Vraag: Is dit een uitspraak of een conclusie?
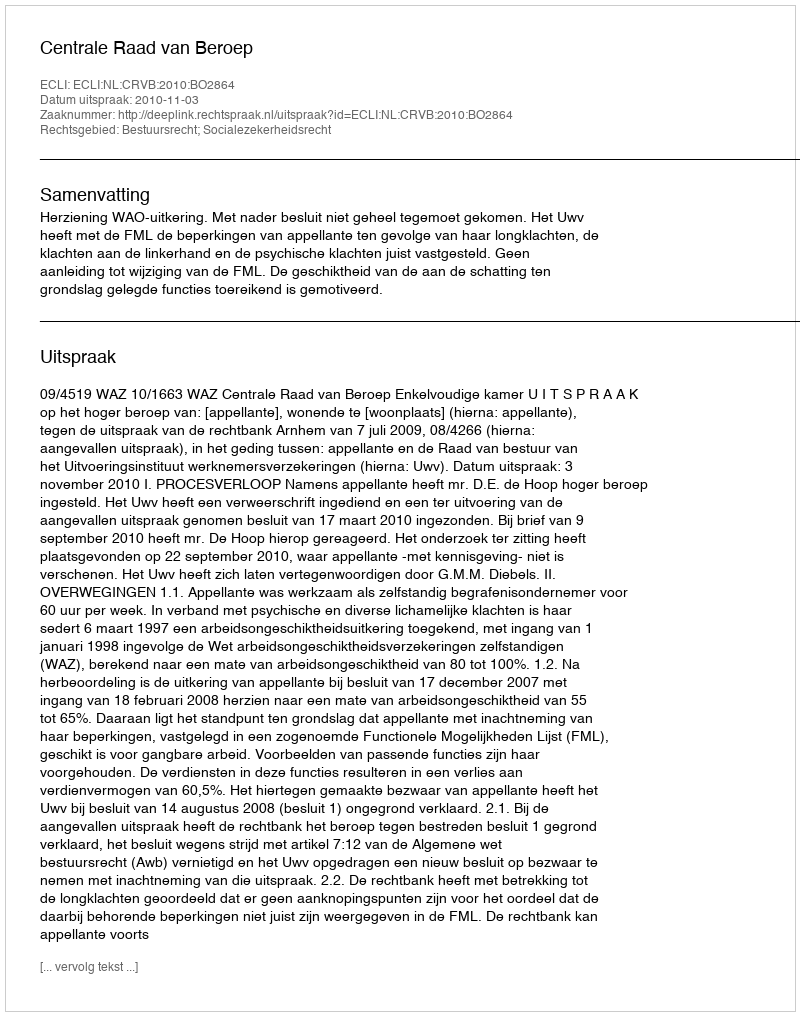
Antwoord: Uitspraak